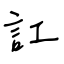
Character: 訌